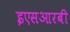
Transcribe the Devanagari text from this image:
इएसआरबी